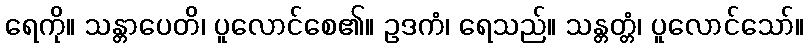
ရေကို။ သန္တာပေတိ၊ ပူလောင်စေ၏။ ဥဒကံ၊ ရေသည်။ သန္တတ္တံ၊ ပူလောင်သော်။